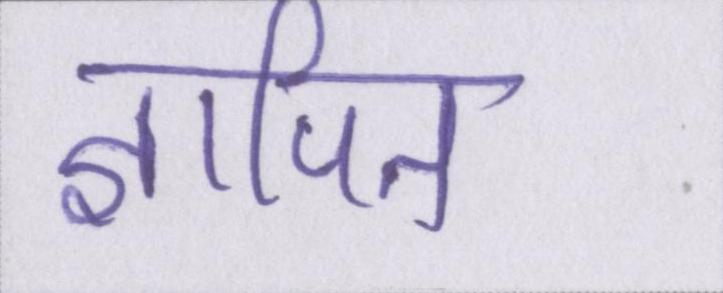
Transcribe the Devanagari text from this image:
ज्ञापित